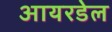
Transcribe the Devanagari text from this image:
आयरडेल